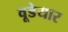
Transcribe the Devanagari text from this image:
वूडेयार